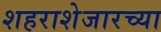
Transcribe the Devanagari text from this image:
शहराशेजारच्या